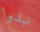
نبدوا